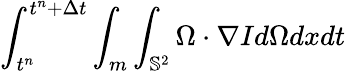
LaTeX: \int_{t^{n}}^{t^{n}+\Delta t}\int_{m}\int_{\mathbb{S}^{2}}\Omega\cdot\nabla Id\Omega dxdt